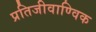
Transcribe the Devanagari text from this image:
प्रतिजीवाण्विक